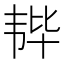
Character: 𫖒